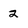
Character: 2